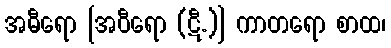
အဓီရော [အဝီရော (ဋီ.)] ကာတရော စာထ၊